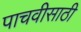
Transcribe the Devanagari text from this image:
पाचवीसाठी